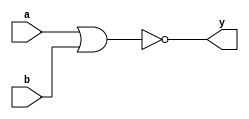
`ifndef INCLUDED_7402
`define INCLUDED_7402

`timescale 1ns/1ps

module ic7402_nor #(parameter TPLH = 15, TPHL = 15)(input wire a, b, output wire y);
    assign #(TPLH, TPHL) y = ~(a | b);
endmodule

`endif